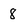
Character: 8